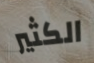
الكثير